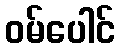
ဝမ်ပေါင်